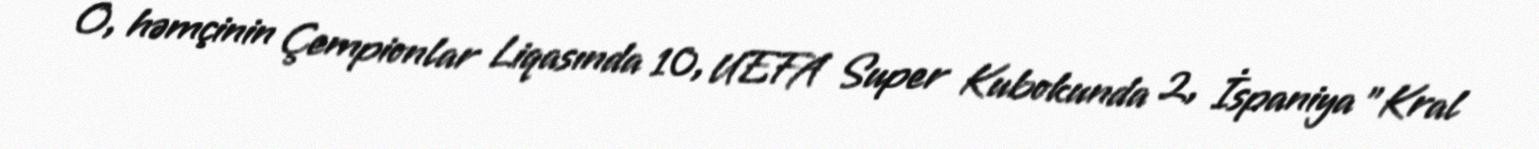
O, həmçinin Çempionlar Liqasında 10, UEFA Super Kubokunda 2, İspaniya "Kral